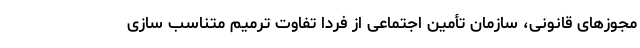
مجوزهای قانونی، سازمان تأمین اجتماعی از فردا تفاوت ترمیم متناسب سازی